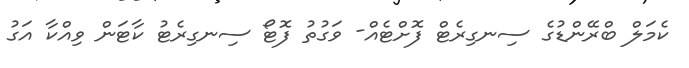
ކެމަލް ބްރޭންޑުގެ ސިނގިރެޓް ފޮށްޓެއް- ވަގުތު ފޮޓޯ ސިނގިރެޓު ކާޓަން ވިއްކާ އަގު